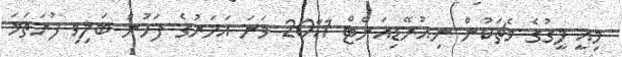
މިއީ ލީގުގެ މެޗަކުން ނިއުރޭޑިއަންޓް 2011 ވަނަ އަހަރުގެ ފަހުން ބަލިވި ފުރަތަމަ